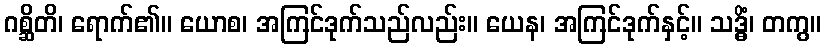
ဂစ္ဆိတိ၊ ရောက်၏။ ယောစ၊ အကြင်ဒုက်သည်လည်း။ ယေန၊ အကြင်ဒုက်နှင့်။ သဒ္ဓိံ၊ တကွ။